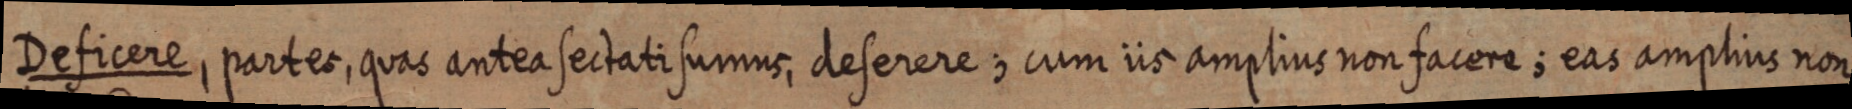
Deficere, partes, quas antea sectati sumus, deserere; cum iis amplius non facere; eas amplius non